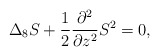
\begin{align*}\Delta_8S+\frac{1}{2}\frac{\partial^2}{\partial z^2}S^2=0,\end{align*}